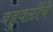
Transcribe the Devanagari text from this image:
बहुवळींचे